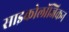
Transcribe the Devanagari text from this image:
साइकोलॉजिकन